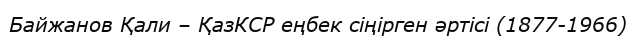
Байжанов Қали – ҚазКСР еңбек сіңірген әртісі (1877-1966)